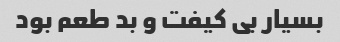
بسیار بی کیفت و بد طعم بود